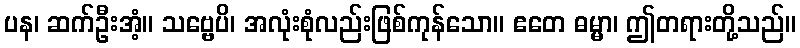
ပန၊ ဆက်ဦးအံ့။ သဗ္ဗေပိ၊ အလုံးစုံလည်းဖြစ်ကုန်သော။ ဧတေ ဓမ္မာ၊ ဤတရားတို့သည်။